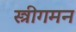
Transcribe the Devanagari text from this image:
स्त्रीगमन